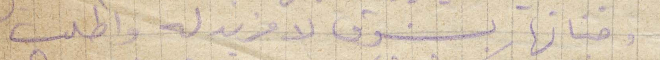
وجناتها بشوق لا مزيد له واطلب